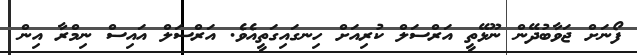
ފޯނަށް ޖަވާބުދޭން ނޫޅޭތީ އަރްސަލް ކުރިއަށް ހިނގައިގަތީއެވެ. އަރްސަލް އައިސް ނިމްރާ އިން